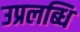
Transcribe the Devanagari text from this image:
उप्रलब्धि